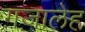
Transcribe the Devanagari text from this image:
ग़ज़ालेह